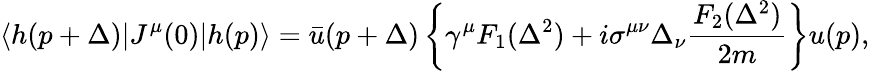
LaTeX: \langle h(p+\Delta)\vert J^{\mu}(0)\vert h(p)\rangle=\bar{u}(p+\Delta)\left\{ \gamma^{\mu}F_{1}(\Delta^{2})+i\sigma^{\mu\nu}\Delta_{\nu}\frac{F_{2}(\Delta^{2})}{2m}\right\} u(p),